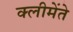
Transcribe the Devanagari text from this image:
क्लीमेंते